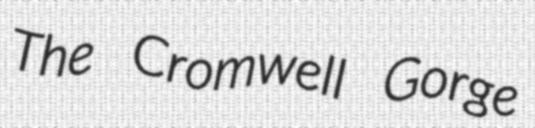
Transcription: The Cromwell Gorge